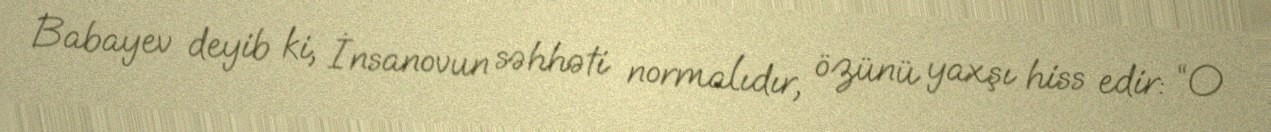
Babayev deyib ki, İnsanovun səhhəti normalıdır, özünü yaxşı hiss edir: “O